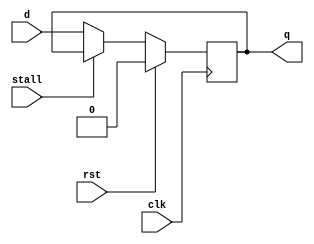
`timescale 1us/100ns

module latch (q, d, stall, clk, rst);

    output         q;
    input          d;
    input          stall;
    input          clk;
    input          rst;

    reg            state;

    assign #(1) q = state;

    always @(posedge clk) begin
      state = rst? 0 : (stall ? q : d);
    end

endmodule